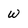
Character: w